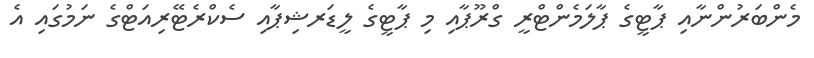
މެންބަރުންނާއި ޕާޓީގެ ޕާލަމެންޓްރީ ގްރޫޕާއި މި ޕާޓީގެ ލީޑަރޝިޕާއި ސެކްރެޓޭރިއަޓްގެ ނަމުގައި އެ